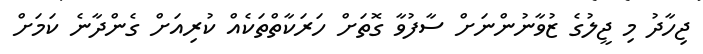
ޖިހާދު މި ޖީލުގެ ޒުވާނުންނަށް ސާފުވާ ގޮތަށް ހަރަކާތްތަކެއް ކުރިއަށް ގެންދާނެ ކަމަށް